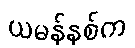
ယမန်နှစ်က